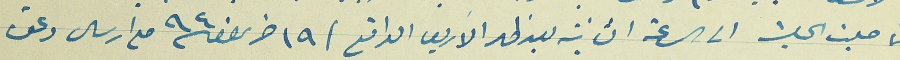
تأجلت الجلسة الى الساعة الثانية بعد ظهر الاربعا الواقع فى ١٩ حزيران سنة ٩٤٠ مع ارسال دعوة